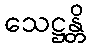
သေဋ္ဌန္တိ